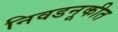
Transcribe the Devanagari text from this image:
निवडनूकीत